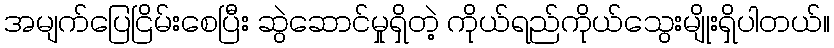
အမျက်ပြေငြိမ်းစေပြီး ဆွဲဆောင်မှုရှိတဲ့ ကိုယ်ရည်ကိုယ်သွေးမျိုးရှိပါတယ်။